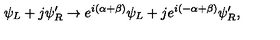
\psi _ { L } + j \psi _ { R } ^ { \prime } \to e ^ { i ( \alpha + \beta ) } \psi _ { L } + j e ^ { i ( - \alpha + \beta ) } \psi _ { R } ^ { \prime } ,